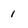
Character: 1